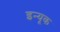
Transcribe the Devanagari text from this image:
इन्यूक